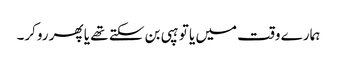
ہمارے وقت میں یا تو ہپی بن سکتے تھے یا پھر روکر۔